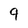
Character: 9